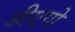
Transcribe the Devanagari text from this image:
डीएगो